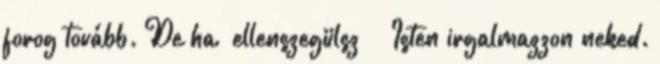
forog to­vább. De ha „ellenszegülsz” – Isten irgalmazzon neked.